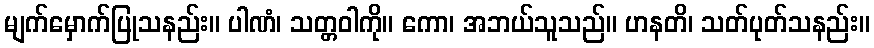
မျက်မှောက်ပြုသနည်း။ ပါဏံ၊ သတ္တဝါကို။ ကော၊ အဘယ်သူသည်။ ဟနတိ၊ သတ်ပုတ်သနည်း။